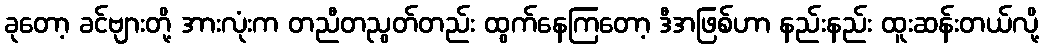
ခုတော့ ခင်ဗျားတို့ အားလုံးက တညီတညွတ်တည်း ထွက်နေကြတော့ ဒီအဖြစ်ဟာ နည်းနည်း ထူးဆန်းတယ်လို့